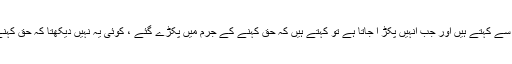
عام طور سے لوگ حق کو ناحق طریقے سے کہتے ہیں اور جب انہیں پکڑ ا جاتا ہے تو کہتے ہیں کہ حق کہنے کے جرم میں پکڑے گئے ، کوئی یہ نہیں دیکھتا کہ حق کہنے والے نے کس طرح سے حق کہا ہے ۔